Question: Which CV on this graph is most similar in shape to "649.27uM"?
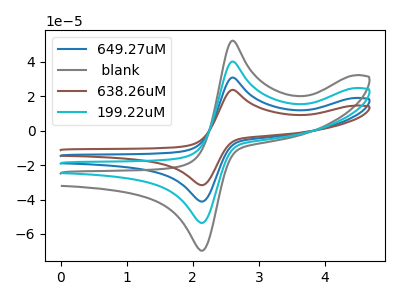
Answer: <think>The blue curve "649.27uM" has an anodic peak at (2.60V, 80.45uA) and a cathodic peak at (2.10V, -107.05uA). The gray curve " blank" has an anodic peak at (2.60V, 52.35uA) and a cathodic peak at (2.10V, -69.65uA). The brown curve "638.26uM" has an anodic peak at (2.60V, 120.65uA) and a cathodic peak at (2.10V, -160.55uA). The cyan curve "199.22uM" has an anodic peak at (2.60V, 40.20uA) and a cathodic peak at (2.10V, -53.50uA).
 All the peaks in "649.27uM" have a peak in " blank" at the same potential. Every peak in "649.27uM" is higher than every peak in " blank". All the peaks in "649.27uM" have a peak in "638.26uM" at the same potential. Every peak in "649.27uM" is lower than every peak in "638.26uM". All the peaks in "649.27uM" have a peak in "199.22uM" at the same potential. Every peak in "649.27uM" is higher than every peak in "199.22uM". All the peaks in " blank" have a peak in "638.26uM" at the same potential. Every peak in " blank" is lower than every peak in "638.26uM". All the peaks in " blank" have a peak in "199.22uM" at the same potential. Every peak in " blank" is higher than every peak in "199.22uM". All the peaks in "638.26uM" have a peak in "199.22uM" at the same potential. Every peak in "638.26uM" is higher than every peak in "199.22uM".</think>
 <answer>"649.27uM", "638.26uM" and "199.22uM" have a similar shape to " blank".</answer>
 <eval>"649.27uM" "638.26uM" "199.22uM"</eval>